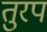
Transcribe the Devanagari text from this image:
तुरप